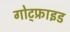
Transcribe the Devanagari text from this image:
गोट्फ्राइड